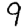
Digit: 9